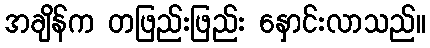
အချိန်က တဖြည်းဖြည်း နှောင်းလာသည်။